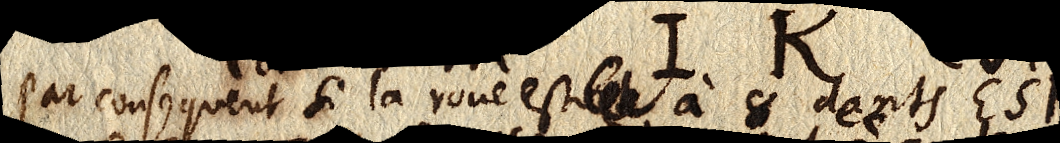
Par consequent si la roue est à 8 dents ESF